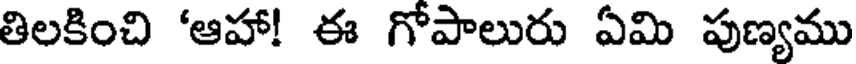
తిలకించి 'ఆహా! ఈ గోపాలురు ఏమి పుణ్యము